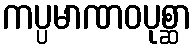
ကပ္ပမာဏဝပုစ္ဆာ